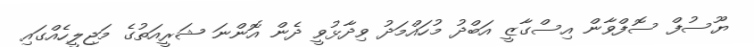
ޔޫސުފް ސޮފްވާން އިސްގާޒީ އަބްދު މުހައްމަދު ވިދާޅުވީ ދެން އޮންނަ ޝަރީއަތުގެ މަޖިލީހެއްގައި